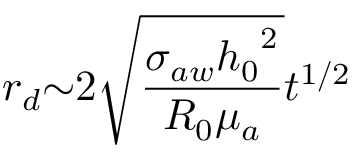
r _ { d } { \sim } 2 \sqrt { \frac { { \sigma } _ { a w } { h _ { 0 } } ^ { 2 } } { R _ { 0 } { \mu } _ { a } } } t ^ { 1 / 2 }